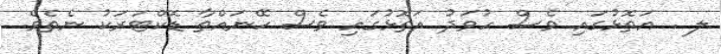
ލ . އަތޮޅުގައި ވެސް ހުވަދު އަތޮޅުގައި ވެސް ހޭނައްތާ ޑޮކްޓަރަކު ނެތެވެ.